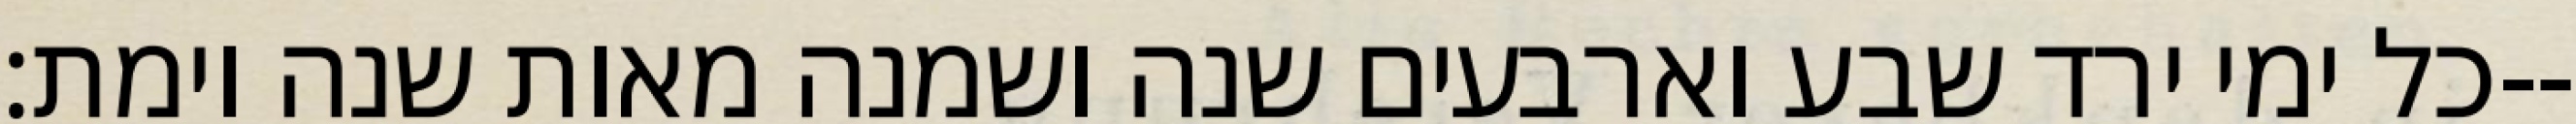
כל ימי ירד שבע וארבעים שנה ושמנה מאות שנה וימת׃--